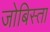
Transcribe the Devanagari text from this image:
जोबिस्ता